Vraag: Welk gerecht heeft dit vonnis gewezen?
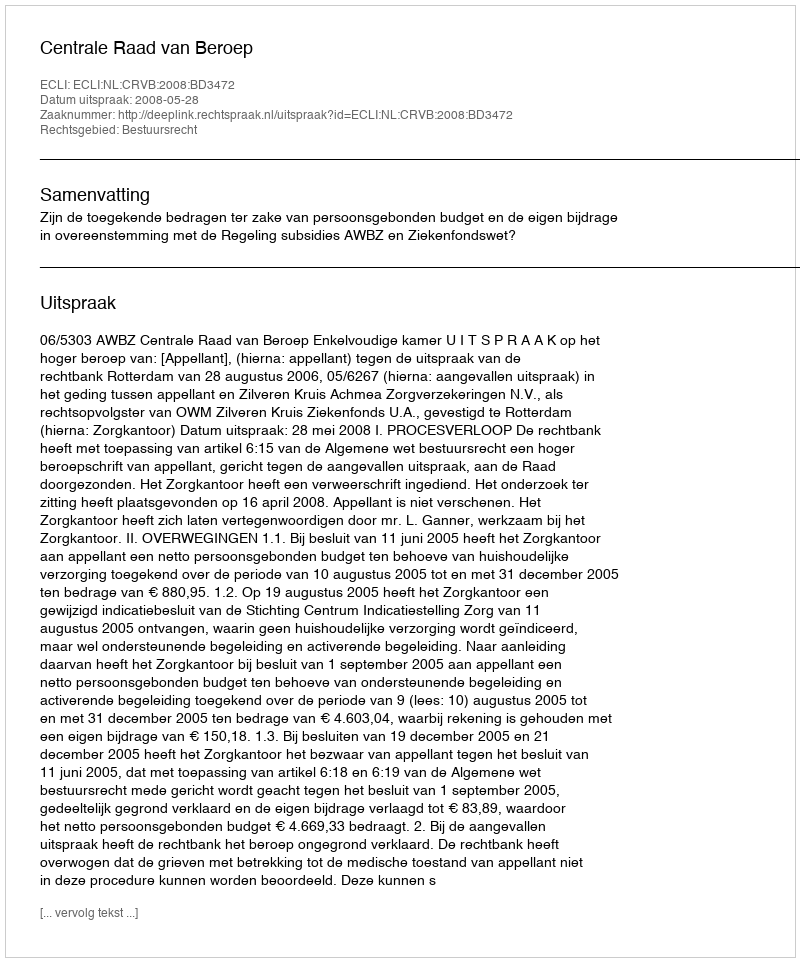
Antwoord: Centrale Raad van Beroep